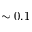
\sim 0 . 1